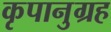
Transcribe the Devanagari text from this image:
कृपानुग्रह